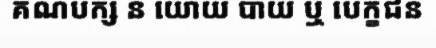
គណបក្ស ន យោយ បាយ ឬ បេក្ខជន